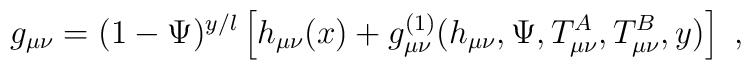
g_{\mu\nu} = (1-\Psi )^{y/l} \left[       		h_{\mu\nu} (x) + g^{(1)}_{\mu\nu} (h_{\mu\nu} , \Psi,         	T^A_{\mu \nu } ,  T^B_{\mu \nu } , y)  \right] \ ,